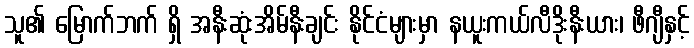
သူ၏ မြောက်ဘက် ရှိ အနီးဆုံးအိမ်နီးချင်း နိုင်ငံများမှာ နယူးကယ်လီဒိုးနီးယား၊ ဖီဂျီနှင့်